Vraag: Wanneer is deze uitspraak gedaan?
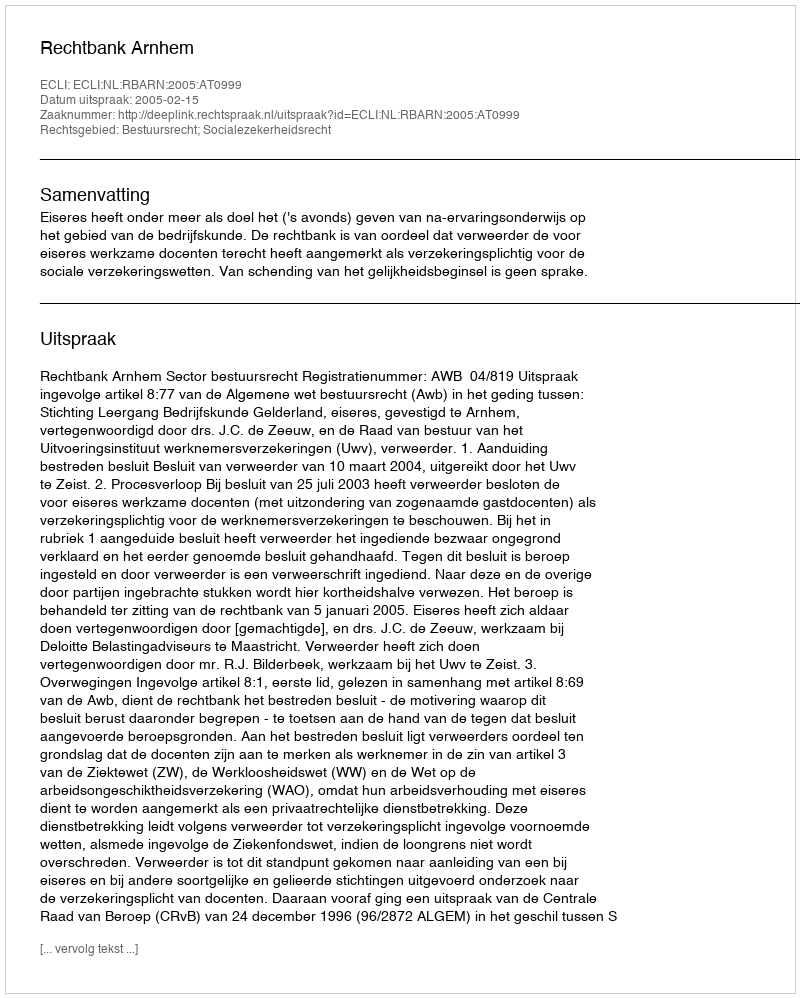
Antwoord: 2005-02-15